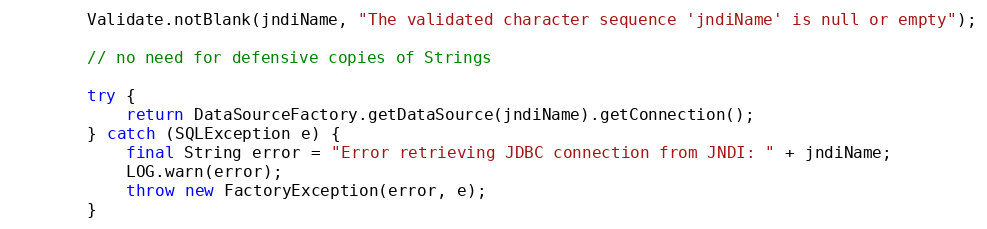
Language: Java
        Validate.notBlank(jndiName, "The validated character sequence 'jndiName' is null or empty");

        // no need for defensive copies of Strings

        try {
            return DataSourceFactory.getDataSource(jndiName).getConnection();
        } catch (SQLException e) {
            final String error = "Error retrieving JDBC connection from JNDI: " + jndiName;
            LOG.warn(error);
            throw new FactoryException(error, e);
        }